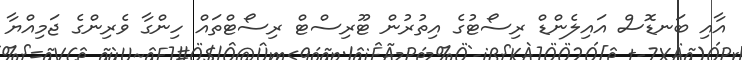
އާއި ބަނޑޮސް އައިލެންޑް ރިސޯޓުގެ އިތުރުން ޓޫރިސްޓް ރިސޯޓްތައް ހިންގާ ވެރިންގެ ޖަމިއްޔާ